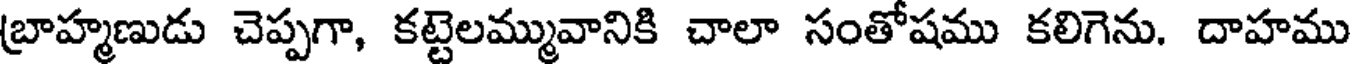
బ్రాహ్మణుడు చెప్పగా, కట్టెలమ్మువానికి చాలా సంతోషము కలిగెను. దాహము